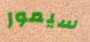
سيمور